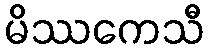
မိဿကေသီ